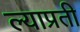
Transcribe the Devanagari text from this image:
ल्याप्रती